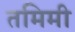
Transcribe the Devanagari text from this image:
तमिमी